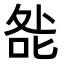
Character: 𭈃